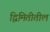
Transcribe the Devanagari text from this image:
द्विमितीतील